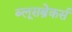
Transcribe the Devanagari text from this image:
ब्लूसब्रेकर्स